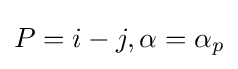
P=i-j,\alpha =\alpha _{p}